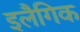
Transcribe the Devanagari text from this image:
इलैगिक